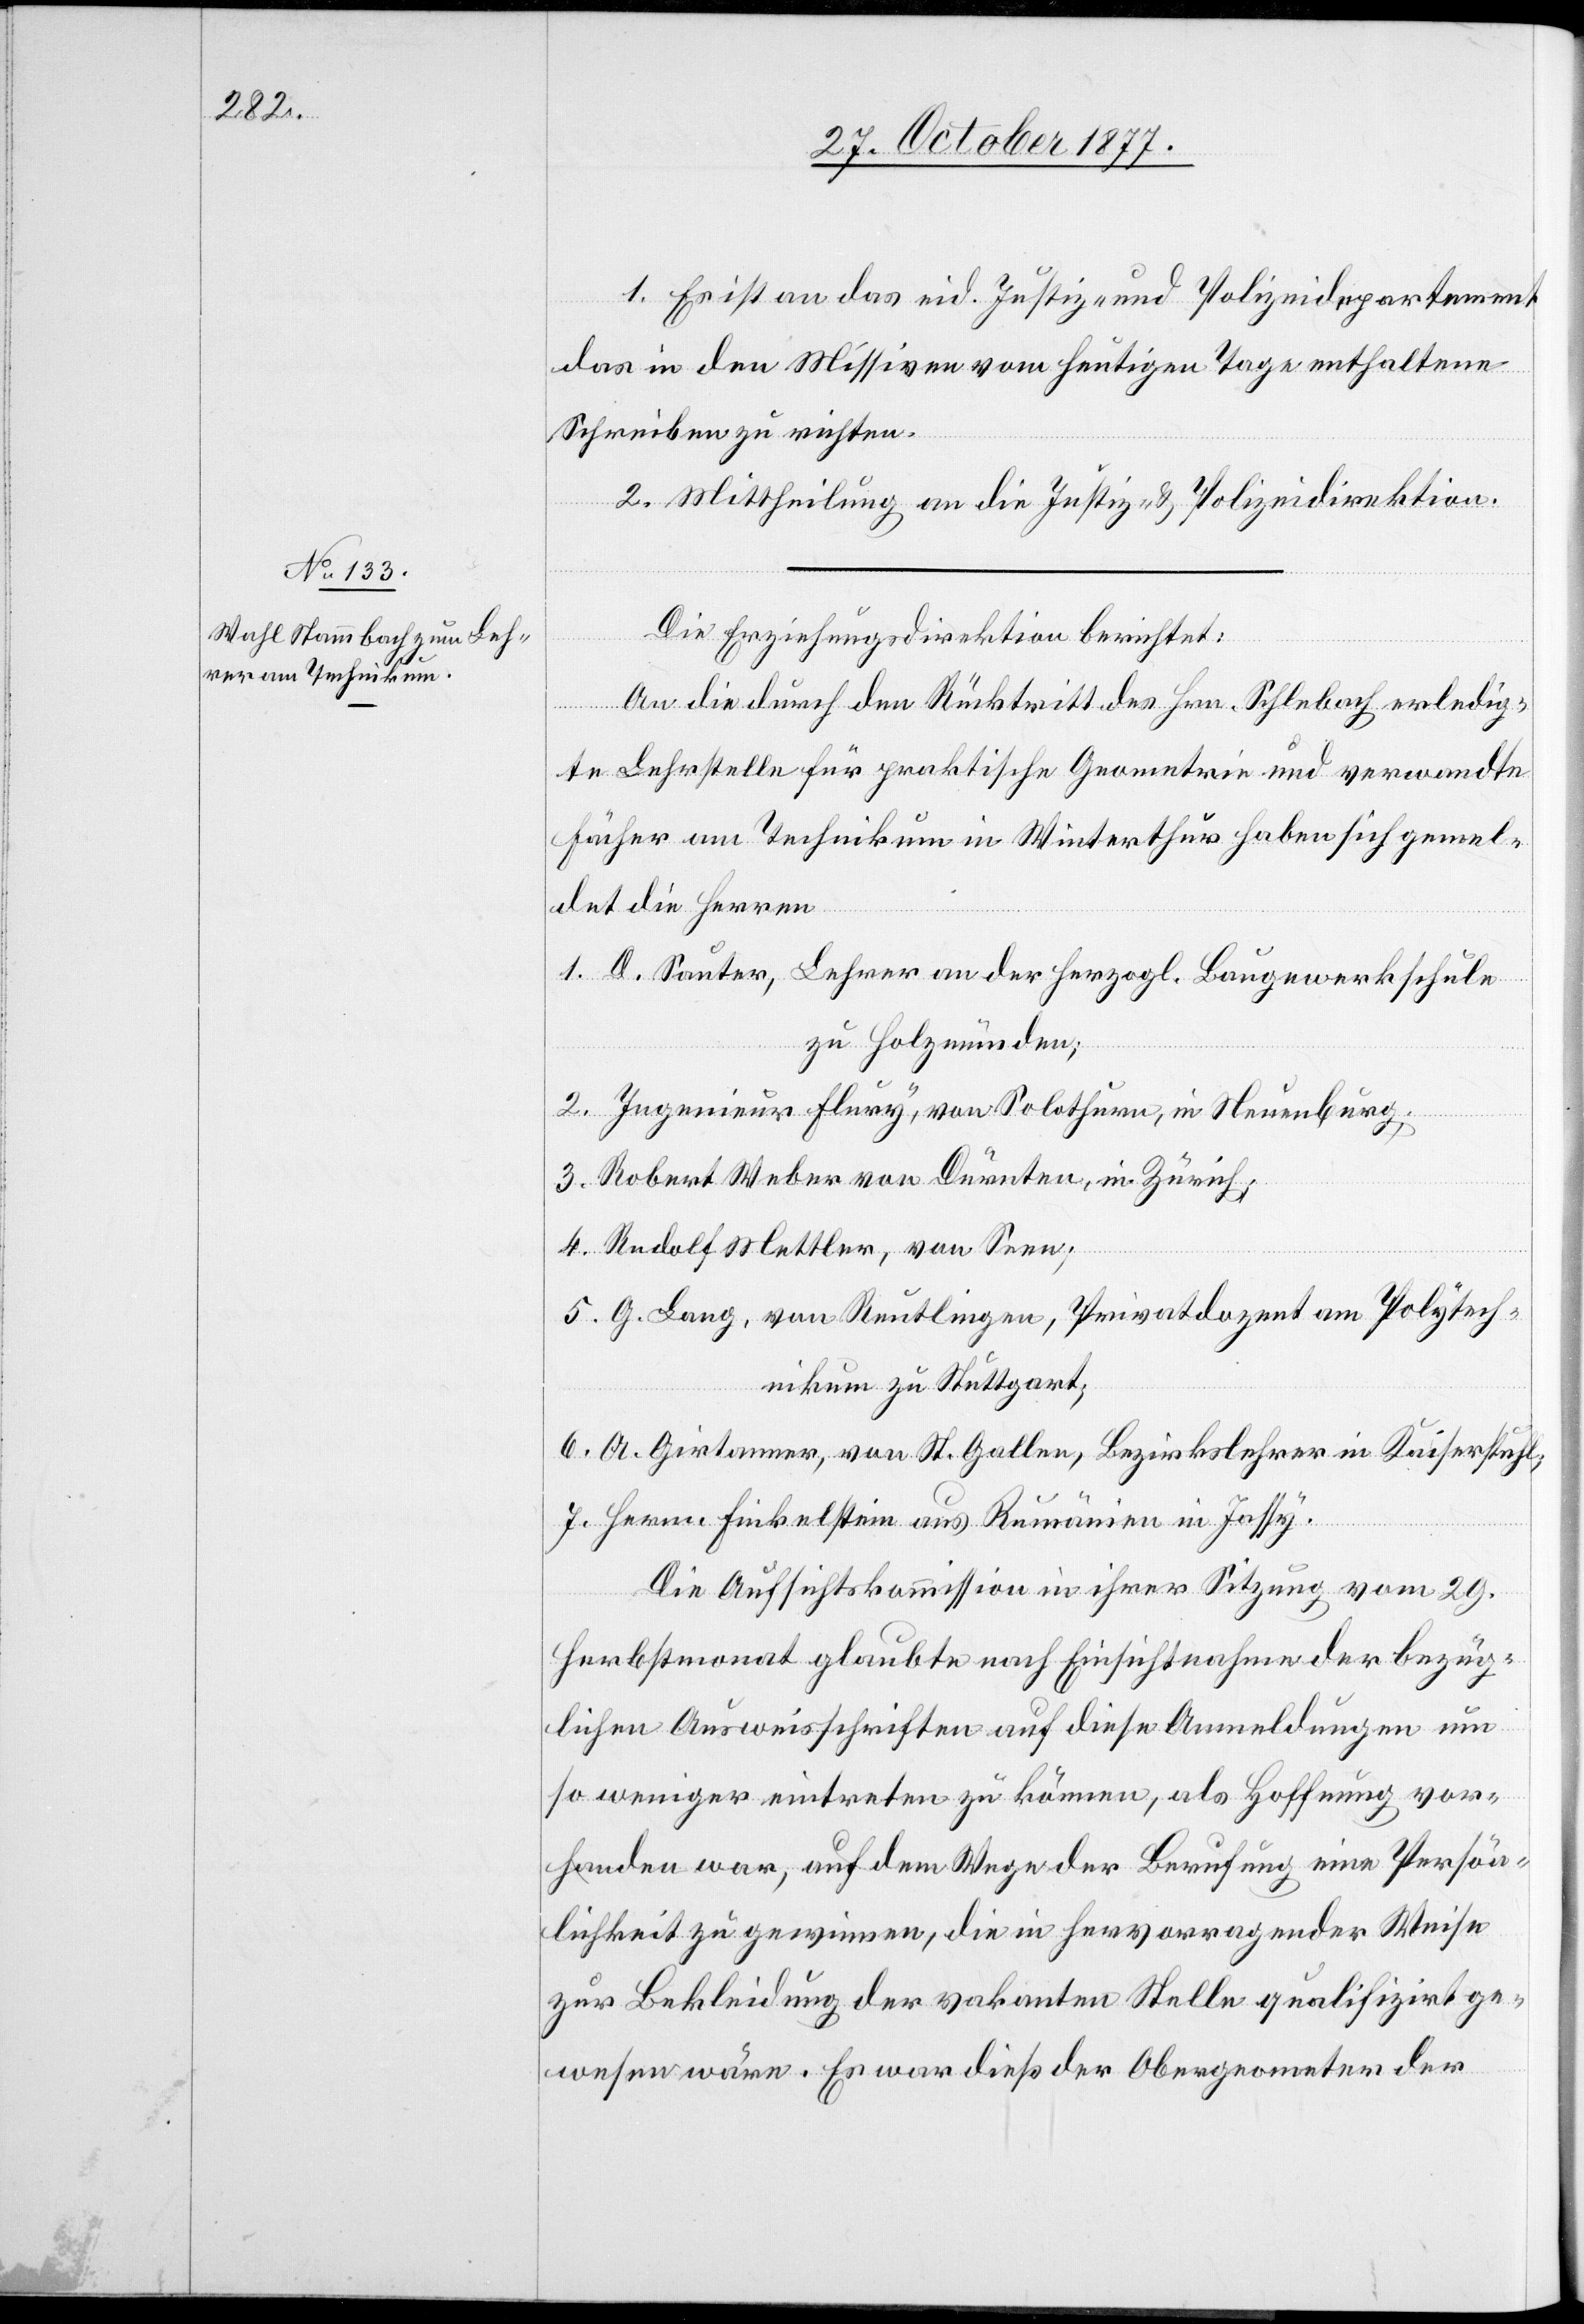
1. Es ist an das eid. Justiz- und Polizeidepartement
das in den Missiven vom heutigen Tage enthaltene
Schreiben zu richten.
2. Mittheilung an die Justiz- & Polizeidirektion.
Die Erziehungsdirektion berichtet:
An die durch den Rücktritt des Hrn. Schlebach erledig¬
te Lehrstelle für praktische Geometrie und verwandte
Fächer am Technikum in Winterthur haben sich gemel¬
det die Herren
1. D. Sauter, Lehrer an der herzogl. Baugewerkschule
zu Holzmünden;
2. Ingenieur Flury, von Solothurn, in Neuenburg;
3. Robert Weber von Dürnten, in Zürich;
4. Rudolf Mettler, von Seen;
5. G. Lang, von Reutlingen, Privatdozent am Polytech¬
nikum zu Stuttgart;
6. A. Girtanner, von St. Gallen, Bezirkslehrer in Kaiserstuhl;
7. Herrn Finkelstein aus Rumänien in Jassy.
Die Aufsichtskommission in ihrer Sitzung vom 29.
Herbstmonat glaubte nach Einsichtnahme der bezüg¬
lichen Ausweisschriften auf diese Anmeldungen um
so weniger eintreten zu können, als Hoffnung vor¬
handen war, auf dem Wege der Berufung eine Persön¬
lichkeit zu gewinnen, die in hervorragender Weise
zur Bekleidung der vakanten Stelle qualifizirt ge¬
wesen wäre. Es war dieß der Obergeometer der